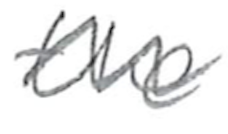
Text: the
Cross-out: wave
Writing tool: pencil